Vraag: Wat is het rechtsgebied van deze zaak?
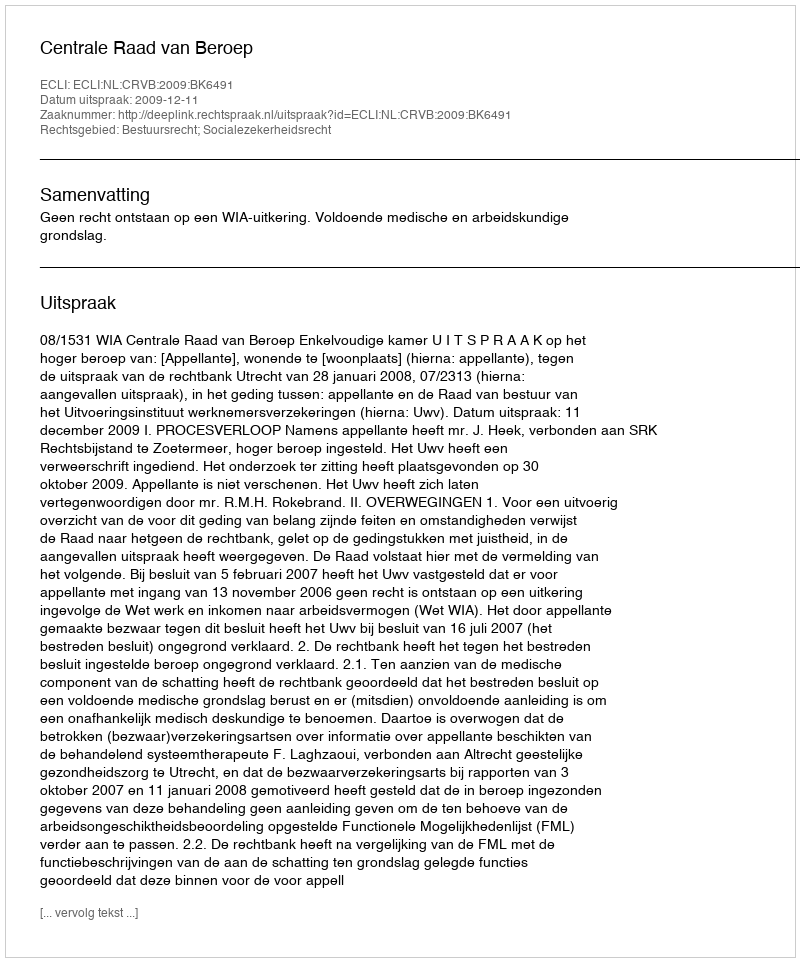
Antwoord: Bestuursrecht; Socialezekerheidsrecht